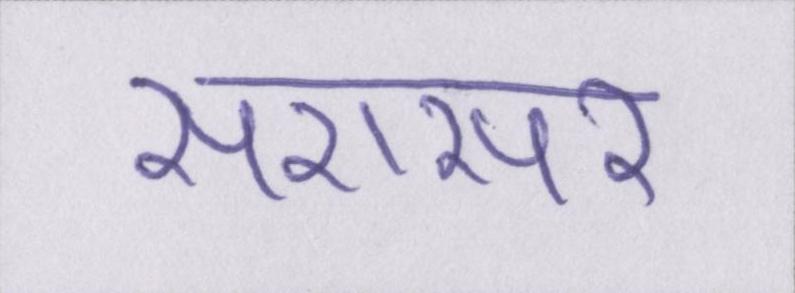
सरासर